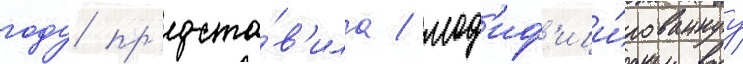
году пр'едста́в'ила / мод'иф'ици́рованнуу